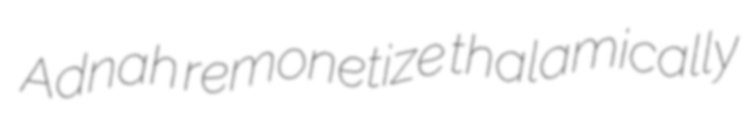
Adnah remonetize thalamically